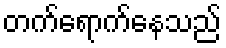
တက်ရောက်နေသည်